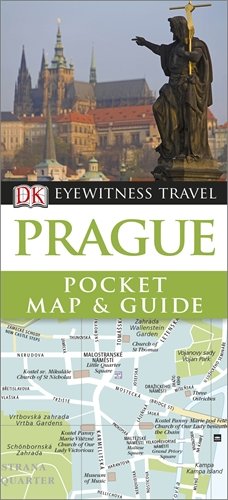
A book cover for Prague (DK Eyewitness Pocket Map and Guide); Travel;